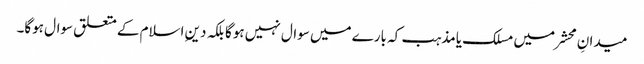
میدانِ محشر میں مسلک یامذہب کہ بارے میں سوال نہیں ہوگا بلکہ دینِ اسلام کے متعلق سوال ہوگا۔